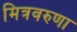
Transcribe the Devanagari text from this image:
मित्रवरुणा